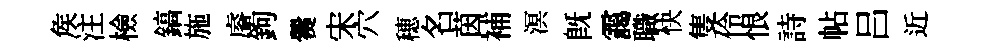
矦注檢鎬施𥈠鉤爨宋穴穂名茵補溟旣靄職快隻伶恨詩帖吕近